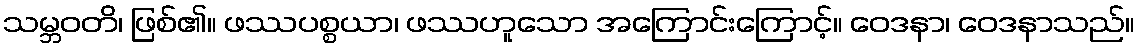
သမ္ဘဝတိ၊ ဖြစ်၏။ ဖဿပစ္စယာ၊ ဖဿဟူသော အကြောင်းကြောင့်။ ဝေဒနာ၊ ဝေဒနာသည်။